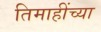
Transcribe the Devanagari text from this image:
तिमाहींच्या